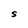
Character: S